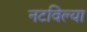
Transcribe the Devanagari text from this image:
नटविल्या